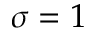
\sigma = 1